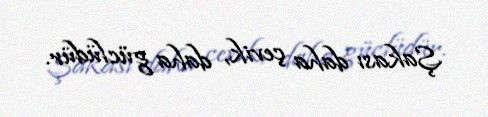
Şakası daha çevik, daha güclüdür.